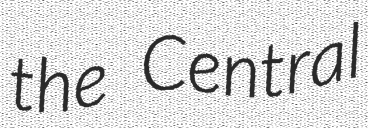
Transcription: the Central